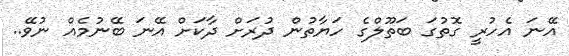
އޭނަ އެހުރީ ގޮތުގަ ބަތޫލްގެ ހަޔާތުން ދުރަށް ދާކަށް އޭނަ ބޭނުމެއް ނުވޭ..